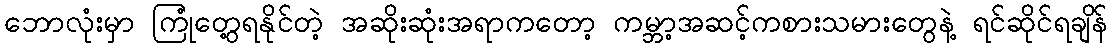
ဘောလုံးမှာ ကြုံတွေ့ရနိုင်တဲ့ အဆိုးဆုံးအရာကတော့ ကမ္ဘာ့အဆင့်ကစားသမားတွေနဲ့ ရင်ဆိုင်ရချိန်